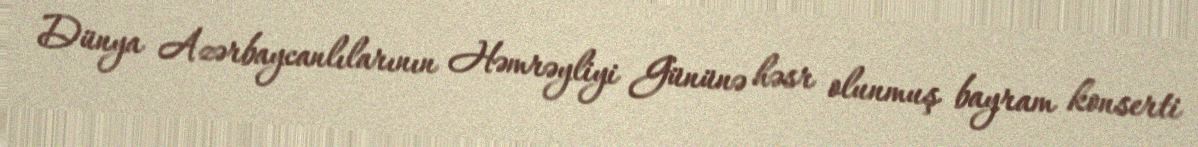
Dünya Azərbaycanlılarının Həmrəyliyi Gününə həsr olunmuş bayram konserti